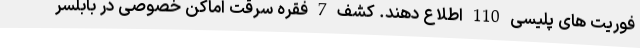
فوریت های پلیسی 110 اطلاع دهند. کشف 7 فقره سرقت اماکن خصوصی در بابلسر